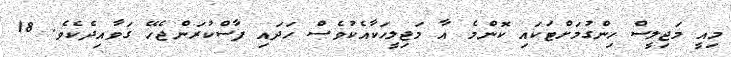
މިއީ މަޖިލީސް ހިންގުމަށްޓަކައި ކޮންމެ އާ މަޖިލީހަކާއެކުވެސް ހަދައި ފާސްކުރަންޖެހޭ ގަވާއިދެކެވެ. 18